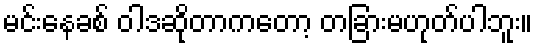
မင်းနေခစ် ဝါဒဆိုတာကတော့ တခြားမဟုတ်ပါဘူး။